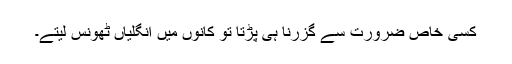
کسی خاص ضرورت سے گزرنا ہی پڑتا تو کانوں میں انگلیاں ٹھونس لیتے۔